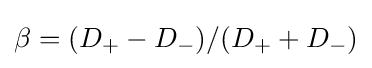
\beta =(D_{+}-D_{-})/(D_{+}+D_{-})